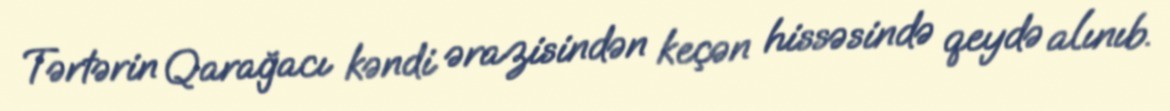
Tərtərin Qarağacı kəndi ərazisindən keçən hissəsində qeydə alınıb.